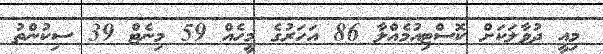
މިއީ ދުވާލަކަށް ކޮސްޓިއުމެއްލާ 86 އަހަރުގެ މީހެއް 59 މިނެޓް 39 ސިކުންތު